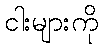
ငါးများကို